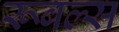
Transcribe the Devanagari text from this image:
रूबल्स